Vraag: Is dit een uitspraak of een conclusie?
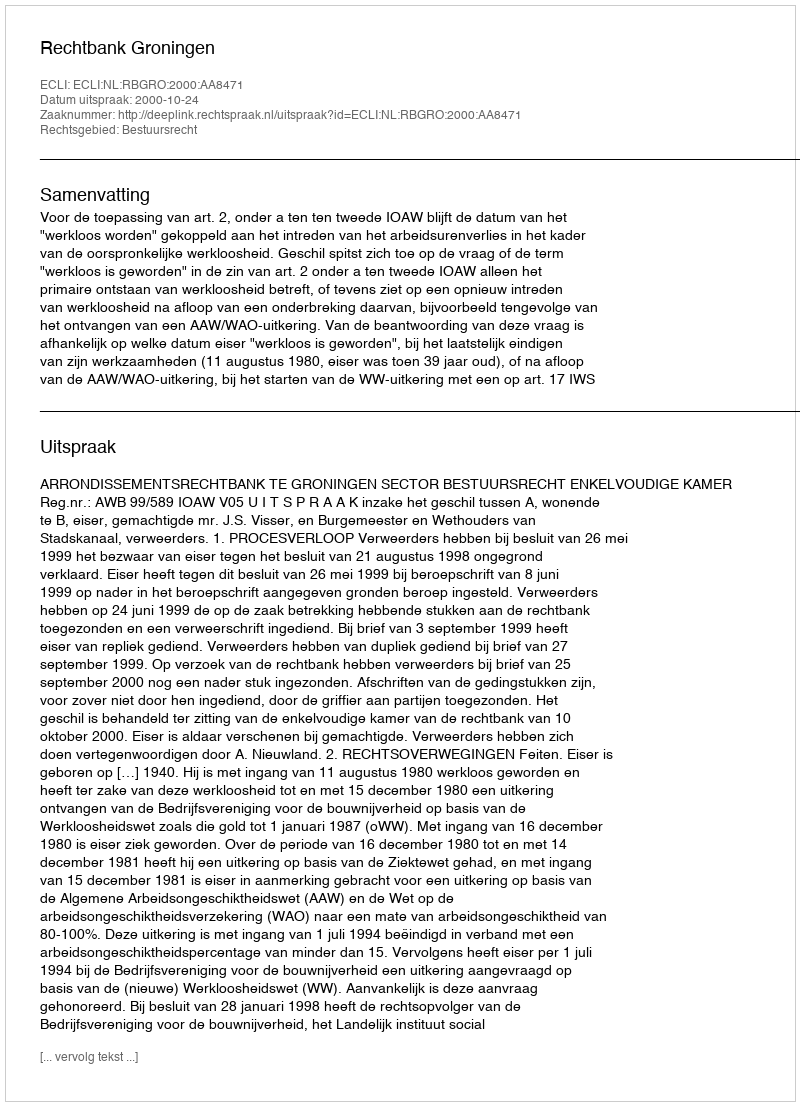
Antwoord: Uitspraak